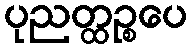
ပုညတ္ထဉ္စပေ